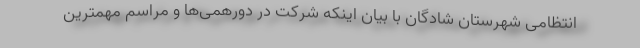
انتظامی شهرستان شادگان با بیان اینکه شرکت در دورهمی‌ها و مراسم مهمترین